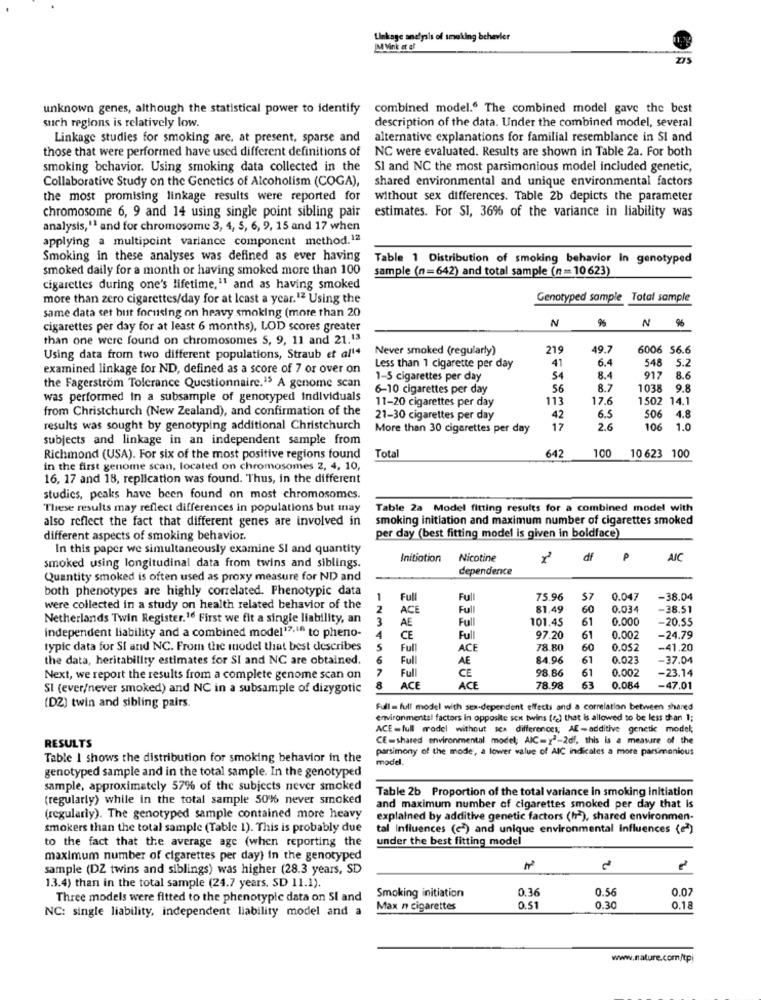
Linkage analysis of smoking behevier
IM Vink at at
275
unknown genes, although the statistical power to identify
combined model.“ The combined model gave the best
such regions is relatively low.
description of the data. Under the combined model, several
Linkage studies for smoking are, at present, sparse and
alternative explanations for familial resemblance in SI and
those that were performed have used different definitions of NC were evaluated. Results are shown in Table 2a. For both
smoking behavior. Using smoking data collected in the
SI and NC the most parsimonious model included genetic,
Collaborative Study on the Genetics of Alcoholism (COGA),
shared environmental and unique environmental factors
the most promising linkage results were reported for
without sex differences. Table 2b depicts the parameter
chromosome 6, 9 and 14 using single point sibling pair
estimates. For SI, 36% of the variance in liability was
analysis,'1 and for chromosome 3, 4, 5, 6, 9, 15 and 17 when
applying a multipoint variance component method.12
Smoking in these analyses was defined as ever having
Table 1 Distribution of smoking behavior In genotyped
smoked daily for a month or having smoked more than 100
sample (n=642) and total sample (n = 10623)
cigarettes during one's lifetime,11 and as having smoked
more than zero cigarettes/day for at least a year.12 Using the
Genotyped sample
Total sample
same data set bust focusing on heavy smoking (more than 20
N
9%
cigarettes per day for at least 6 months), LOD scores greater
N %
than one were found on chromosomes S, 9, 11 and 21.13
Never smoked (regularly)
219
49.
6006 56.6
Using data from two different populations, Straub et al14
6.4
examined linkage for ND, defined as a score of 7 or over on
Less than 1 cigarette per day
41
548 5.2
1-5 cigarettes per day
54
8.4
917
8.6
the Fagerstrom Tolerance Questionnaire.15 A genome scan
6-10 cigarettes per day
56
8.7
1038
9.8
was performed in a subsample of genotyped individuals
11-20 cigarettes per day
113
17.
1502 14.1
from Christchurch (New Zealand), and confirmation of the
21-30 cigarettes per day
42
6.5
506
4.8
results was sought by genotyping additional Christchurch
More than 30 cigarettes per day
17
2.6
106
1.0
subjects and linkage in an independent sample from
642
100
Richmond (USA). For six of the most positive regions found
Tota
10 623 100
in the first genome scan, located on chromosomes 2, 4, 10,
16, 17 and 18, replication was found. Thus, in the different
studies, peaks have been found on most chromosomes.
These results may reflect differences in populations but may
Table 2a Model fitting results for a combined model with
also reflect the fact that different genes are involved in
smoking initiation and maximum number of cigarettes smoked
different aspects of smoking behavior.
per day (best fitting model is given in boldface)
In this paper we simultaneously examine SI and quantity
Initiation Nicotine
df
P
AIC
smoked using longitudinal data from twins and siblings.
dependence
Quantity smoked is often used as proxy measure for ND and
both phenotypes are highly correlated. Phenotypic data
1
Full
Full
75.96
57
0.047
-38.04
were collected in a study on health related behavior of the
2
ACE
Full
81.49
60
0.034
-38.51
Netherlands Twin Register.16 First we fit a single liability, an
3
Full
101.45
61
0.000
-20,55
independent liability and a combined model17,16 to pheno-
AE
4
CE
Ful
97.20
61
0.002
-24.79
typic data for SI and NC. From the model that best describes
S
Full
ACE
78.80
60
0.052
-41.20
the data, heritability estimates for SI and NC are obtained.
6
Full
84.96
61
0.023
-37.04
7
Full
AE
98.86
61
0.002
-23.14
Next, we report the results from a complete genome scan on
CE
63
SI (ever/never smoked) and NC in a subsample of dizygotic
8
ACE
ACE
78.98
0.084
-47.01
(DZ) twin and sibling pairs.
Full = full model with sex-dependent effects and a correlation between shared
environmental factors in opposite sex twins (r) that is allowed to be less than 1;
ACE -full mrodel without sex differences; AE-additive genetic model;
RESULTS
CE=shared environmental model; AIC=y2-2df, this is a measure of the
parsimony of the mode, a lower value of AIC indicates a more parsimonious
Table I shows the distribution for smoking behavior in the
model.
genotyped sample and in the total sample. In the genotyped
sample, approximately 57% of the subjects never smoked
Table 2b Proportion of the total variance in smoking initiation
(regularly) while in the total sample 50% never smoked
and maximum number of cigarettes smoked per day that is
(regularly). The genotyped sample contained more heavy
explained by additive genetic factors (h2), shared environmen-
smokers than the total sample (Table 1). This is probably due
tal Influences (c) and unique environmental influences (e)
to the fact that the average age (when reporting the
under the best fitting model
maximum number of cigarettes per day) in the genotyped
sample (DZ twins and siblings) was higher (28.3 years, SD
13.4) than in the total sample (24.7 years. SD 11.1).
0.36
0.5
0.0
Three models were fitted to the phenotypic data on SI and
Smoking initiation
NC: single liability, independent liability model and a
Max n cigarettes
0.51
0.30
0.18
www.nature.com/tpi